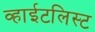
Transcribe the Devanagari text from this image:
व्हाईटलिस्ट